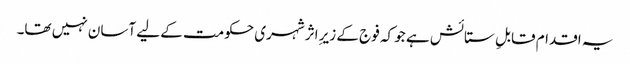
یہ اقدام قابلِ ستائش ہے جو کہ فوج کے زیرِ اثر شہری حکومت کے لیے آسان نہیں تھا۔